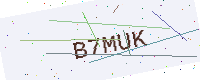
Text: B7MUK